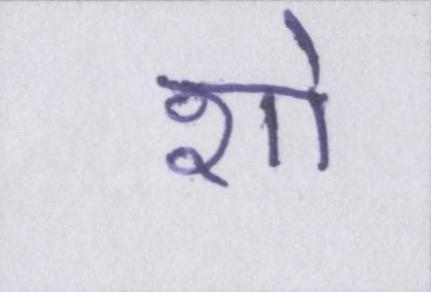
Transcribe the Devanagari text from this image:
शो